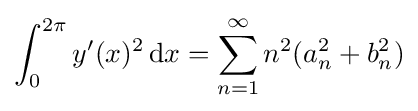
\int _{0}^{2\pi }y'(x)^{2}\,\mathrm {d} x=\sum _{n=1}^{\infty }n^{2}(a_{n}^{2}+b_{n}^{2})